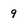
Character: 9